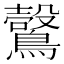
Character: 𪆑